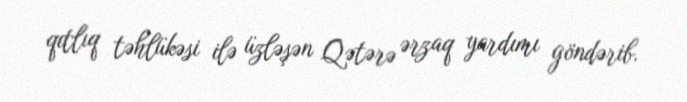
qıtlıq təhlükəsi ilə üzləşən Qətərə ərzaq yardımı göndərib.